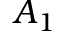
A _ { 1 }